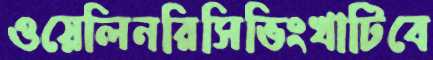
ওয়েলিনরিসিভিংখাটিবে